Report by Surgeon-Major Lyons, I.M.S., President of the Plague Research Committee - Part I
Disease focus: Plague
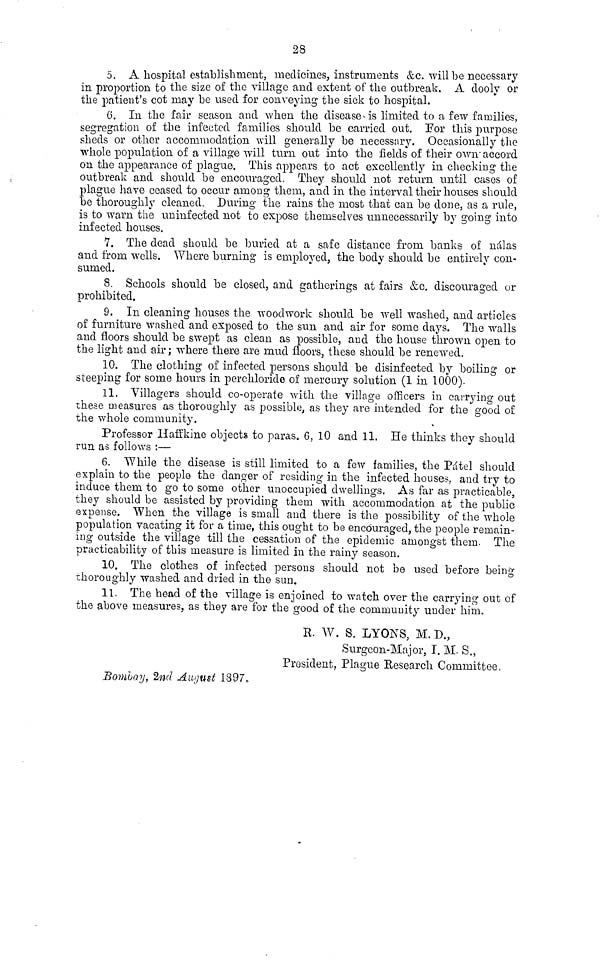
28
5. A hospital establishment, medicines, instruments &c. will be necessary
in proportion to the size of the village and extent of the outbreak. A dooly or
the patient's cot may be used for conveying the sick to hospital.
6. In the fair season and when the disease-is limited to a few families,
segregation of the infected families should be carried out. For this purpose
sheds or other accommodation will generally be necessary. Occasionally the
whole population of a village will turn out into the fields of their own- accord
on the appearance of plague. This appears to act excellently in checking the
outbreak and should be encouraged. They should not return until cases of
plague have ceased to occur among them, and in the interval their houses should
be thoroughly cleaned. During the rains the most that can be done, as a rule,
is to warn the uninfected not to expose themselves unnecessarily by going into
infected houses.
7. The dead should be buried at a safe distance from banks of nálas
and from wells. Where burning is employed, the body should be entirely con-
sumed.
8. Schools should be closed, and gatherings at fairs &c. discouraged or
prohibited.
9. In cleaning houses the woodwork should be well washed, and articles
of furniture washed and exposed to the sun and air for some days. The walls
and floors should be swept as clean as possible, and the house thrown open to
the light and air ; where there are mud floors, these should be renewed.
10. The clothing of infected persons should be disinfected by boiling or
steeping for some hours in perchloride of mercury solution (1 in 1000).
11. Villagers should co-operate with the village officers in carrying out
these measures as thoroughly as possible, as they are intended for the good of
the whole community.
Professor Haffkine objects to paras. 6, 10 and 11. He thinks they should
run as follows :—
6. While the disease is still limited to a few families, the Pátel should
explain to the people the danger of residing in the infected houses, and try to
induce them to go to some other unoccupied dwellings. As far as practicable,
they should be assisted by providing them with accommodation at the public
expense. When the village is small and there is the possibility of the whole
population vacating it for a time, this ought to be encouraged, the people remain-
ing outside the village till the cessation of the epidemic amongst them. The
practicability of this measure is limited in the rainy season.
10. The clothes of infected persons should not be used before being
thoroughly washed and dried in the sun.
11. The head of the village is enjoined to watch over the carrying out of
the above measures, as they are for the good of the community under him,
R. W. S. LYONS, M.D.,
Surgeon-Major, I. M. S.,
President. Plague Research Committee,
Bombay, 2nd August 1897.